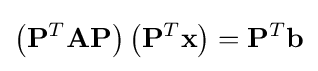
\left(\mathbf {P} ^{T}\mathbf {A} \mathbf {P} \right)\left(\mathbf {P} ^{T}\mathbf {x} \right)=\mathbf {P} ^{T}\mathbf {b}